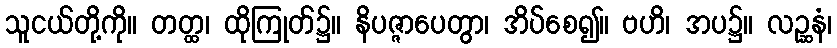
သူငယ်တို့ကို။ တတ္ထ၊ ထိုကြုတ်၌။ နိပဇ္ဇာပေတွာ၊ အိပ်စေ၍။ ဗဟိ၊ အပ၌။ လဉ္ဆနံ၊